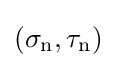
(\sigma _{\mathrm {n} },\tau _{\mathrm {n} })